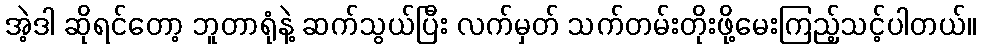
အဲ့ဒါ ဆိုရင်တော့ ဘူတာရုံနဲ့ ဆက်သွယ်ပြီး လက်မှတ် သက်တမ်းတိုးဖို့မေးကြည့်သင့်ပါတယ်။